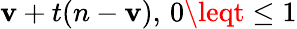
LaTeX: \mathbf{v}+t(n-\mathbf{v}),\, 0\leqt\leq1